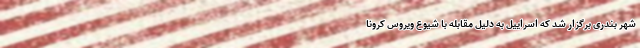
شهر بندری برگزار شد که اسراییل به دلیل مقابله با شیوع ویروس کرونا